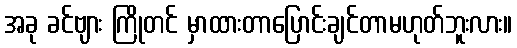
အခု ခင်ဗျား ကြိုတင် မှာထားတာပြောင်းချင်တာမဟုတ်ဘူးလား။